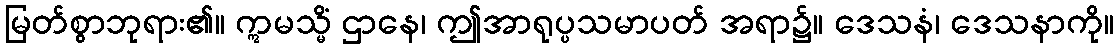
မြတ်စွာဘုရား၏။ ဣမသ္မိံ ဌာနေ၊ ဤအာရုပ္ပသမာပတ် အရာ၌။ ဒေသနံ၊ ဒေသနာကို။